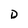
Character: D